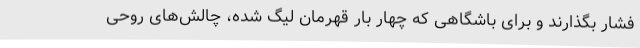
فشار بگذارند و برای باشگاهی که چهار بار قهرمان لیگ شده، چالش‌های روحی